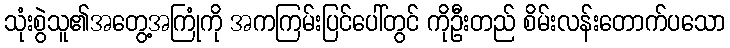
သုံးစွဲသူ၏အတွေ့အကြုံကို အကကြမ်းပြင်ပေါ်တွင် ကိုဦးတည် စိမ်းလန်းတောက်ပသော